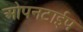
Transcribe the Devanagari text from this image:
ओपनटाईप